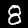
Digit: 8